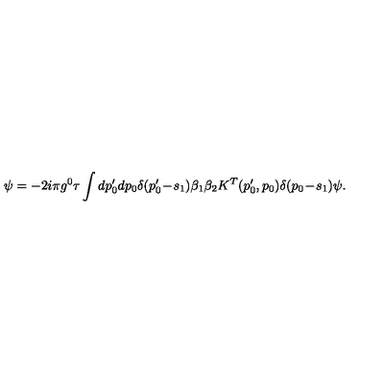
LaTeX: \psi = - 2 i \pi g ^ { 0 } \tau \int d p _ { 0 } ^ { \prime } d p _ { 0 } \delta ( p _ { 0 } ^ { \prime } \! - \! s _ { 1 } ) \beta _ { 1 } \beta _ { 2 } K ^ { T } ( p _ { 0 } ^ { \prime } , p _ { 0 } ) \delta ( p _ { 0 } \! - \! s _ { 1 } ) \psi .